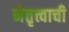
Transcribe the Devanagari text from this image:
नेत्तृत्त्वाची